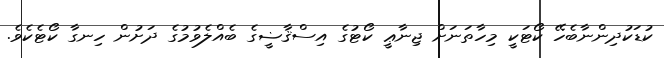
ކުޑަކުދިންނާބެހޭ ކޯޓަކީ މިހާތަނަށް ޖިނާޢީ ކޯޓުގެ އިސްޤާޟީގެ ބެއްލެވުމުގެ ދަށުން ހިނގާ ކޯޓެކެވެ.